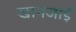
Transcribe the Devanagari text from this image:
खामजाई